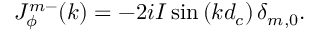
J _ { \phi } ^ { m - } ( k ) = - 2 i I \sin \left( k d _ { c } \right) \delta _ { m , 0 } .